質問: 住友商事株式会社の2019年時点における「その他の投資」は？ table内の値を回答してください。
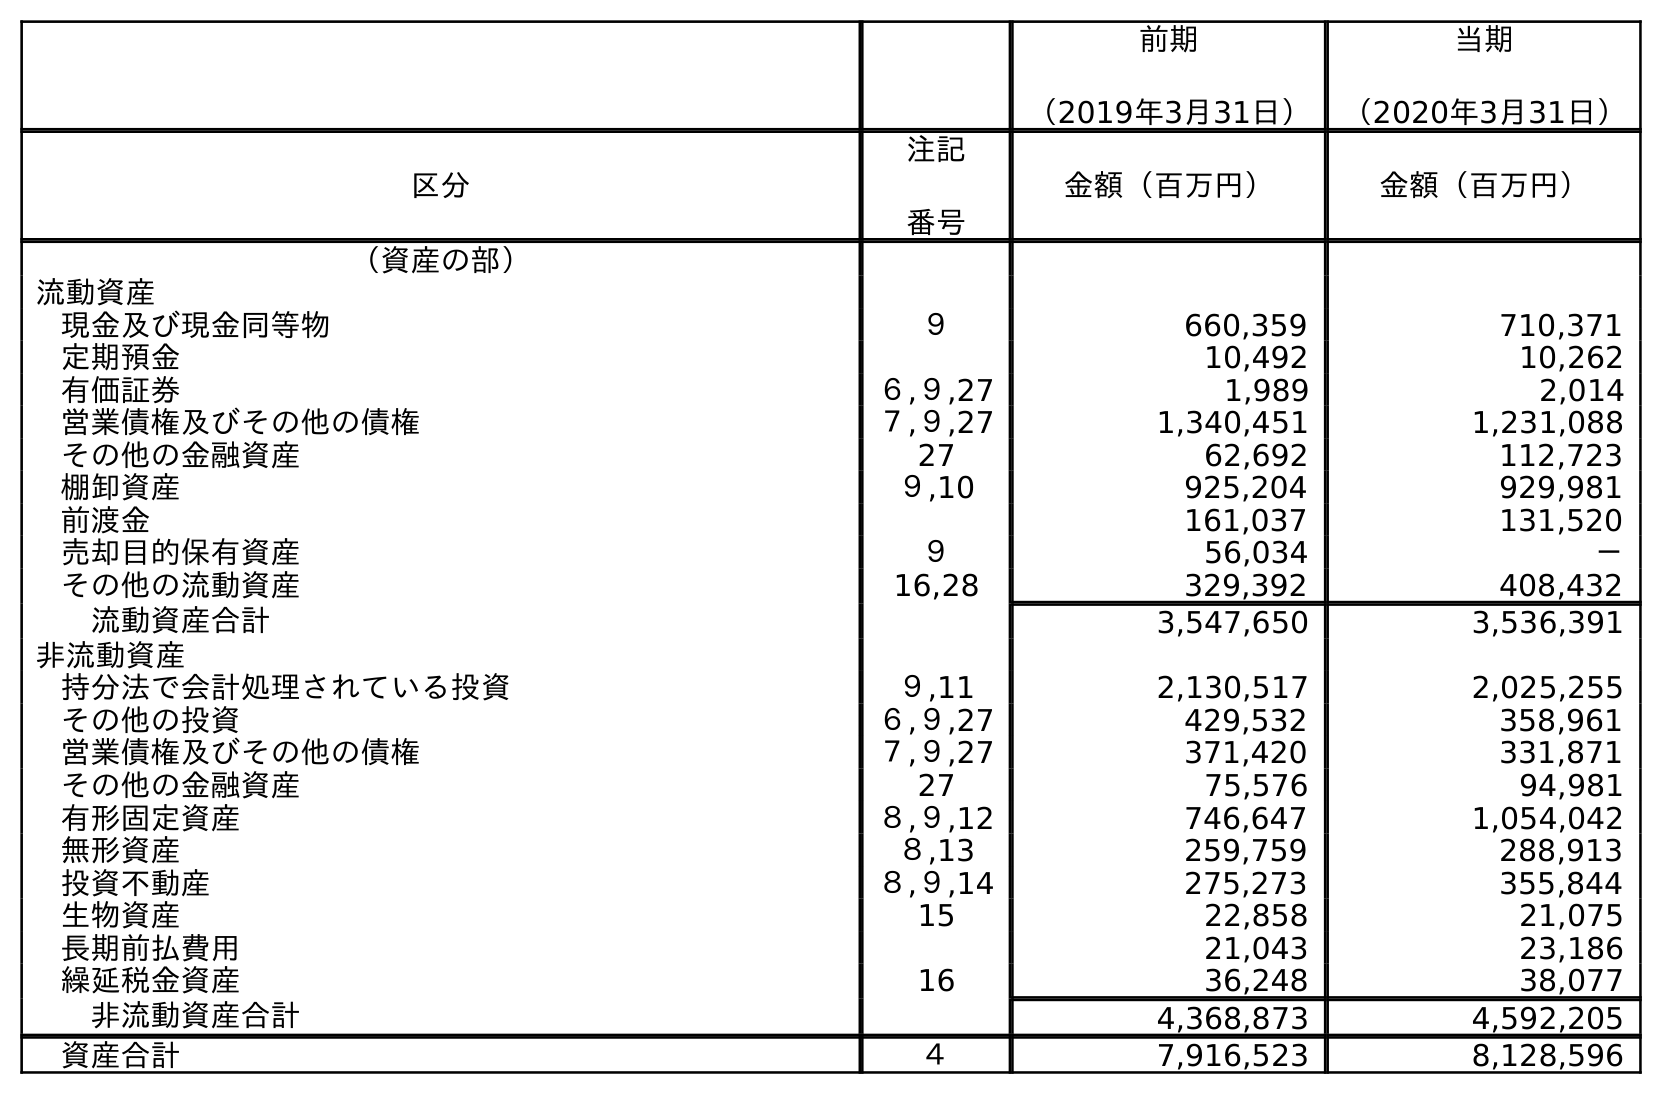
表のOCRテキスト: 前期 （2019年3月31日） 当期 （2020年3月31日） 区分 注記 番号 金額（百万円） 金額（百万円） （資産の部） 流動資産 現金及び現金同等物 ９ 660,359 710,371 定期預金 10,492 10,262 有価証券 ６,９,27 1,989 2,014 営業債権及びその他の債権 ７,９,27 1,340,451 1,231,088 その他の金融資産 27 62,692 112,723 棚卸資産 ９,10 925,204 929,981 前渡金 161,037 131,520 売却目的保有資産 ９ 56,034 － その他の流動資産 16,28 329,392 408,432 流動資産合計 3,547,650 3,536,391 非流動資産 持分法で会計処理されている投資 ９,11 2,130,517 2,025,255 その他の投資 ６,９,27 429,532 358,961 営業債権及びその他の債権 ７,９,27 371,420 331,871 その他の金融資産 27 75,576 94,981 有形固定資産 ８,９,12 746,647 1,054,042 無形資産 ８,13 259,759 288,913 投資不動産 ８,９,14 275,273 355,844 生物資産 15 22,858 21,075 長期前払費用 21,043 23,186 繰延税金資産 16 36,248 38,077 非流動資産合計 4,368,873 4,592,205 資産合計 ４ 7,916,523 8,128,596
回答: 429,532